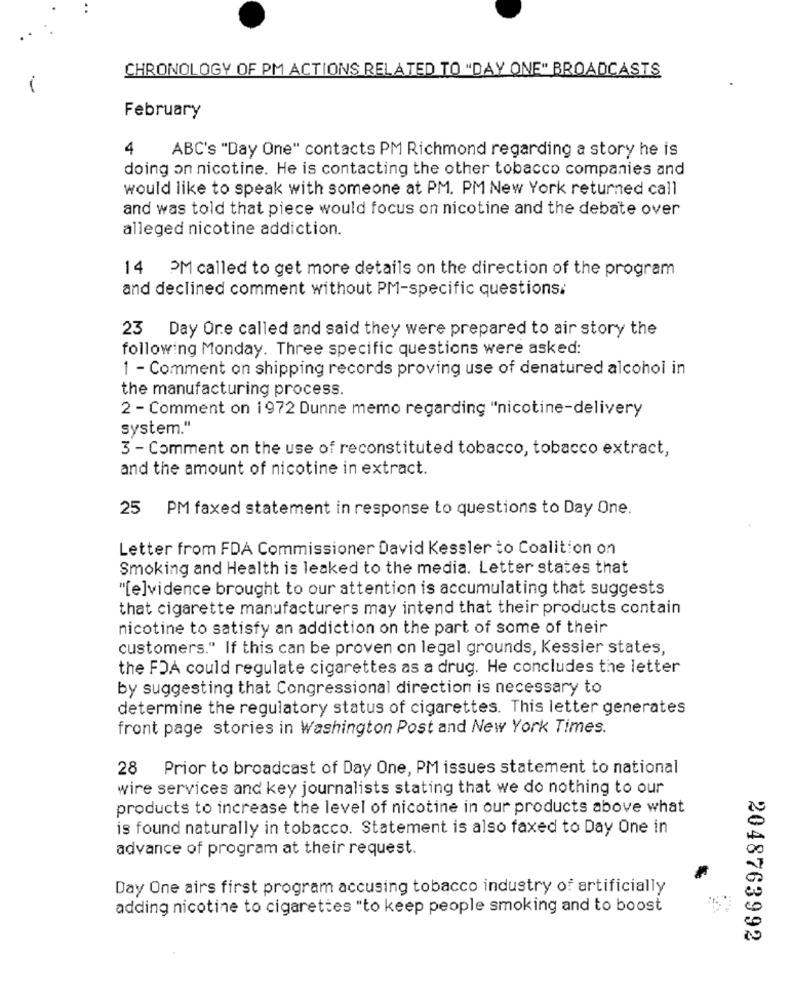
CHRONOLOGY OF PM ACTIONS RELATED TO "DAY ONE" BROADCASTS
February
4
ABC's "Day One" contacts PM Richmond regarding a story he is
doing on nicotine. He is contacting the other tobacco companies and
would like to speak with someone at PM. PM New York returned call
and was told that piece would focus on nicotine and the debate over
alleged nicotine addiction.
14 PM called to get more details on the direction of the program
and declined comment without PM-specific questions.
23 Day Ore called and said they were prepared to air story the
following Monday. Three specific questions were asked:
1 - Comment on shipping records proving use of denatured alcohol in
the manufacturing process.
2 - Comment on 1972 Dunne memo regarding "nicotine-delivery
system."
3 - Comment on the use of reconstituted tobacco, tobacco extract,
and the amount of nicotine in extract.
25 PM faxed statement in response to questions to Day One.
Letter from FDA Commissioner David Kessler to Coalition on
Smoking and Health is leaked to the media. Letter states that
"[e]vidence brought to our attention is accumulating that suggests
that cigarette manufacturers may intend that their products contain
nicotine to satisfy an addiction on the part of some of their
customers." If this can be proven on legal grounds, Kessler states,
the FDA could regulate cigarettes as a drug. He concludes the letter
by suggesting that Congressional direction is necessary to
determine the regulatory status of cigarettes. This letter generates
front page stories in Washington Post and New York Times.
28 Prior to broadcast of Day One, PM issues statement to national
wire services and key journalists stating that we do nothing to our
products to increase the level of nicotine in our products above what
is found naturally in tobacco. Statement is also faxed to Day One in
advance of program at their request.
Day One airs first program accusing tobacco industry of artificially
adding nicotine to cigarettes "to keep people smoking and to boost
2048763992